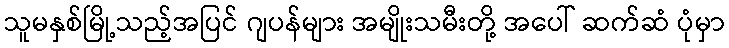
သူမနှစ်မြို့သည့်အပြင် ဂျပန်များ အမျိုးသမီးတို့ အပေါ် ဆက်ဆံ ပုံမှာ